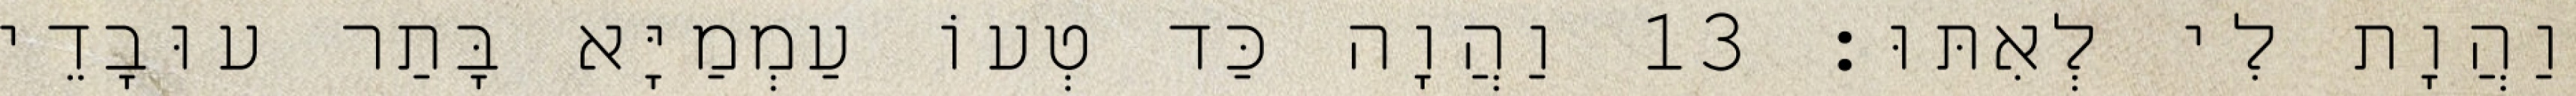
וַהֲוָת לִי לְאִתּוּ׃ 13 וַהֲוָה כַּד טְעוֹ עַמְמַיָּא בָּתַר עוּבָדֵי